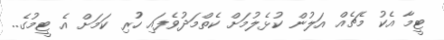
ޓީމާ އެކު މެޗެއް އަލުން ކުޅެލުމަށް ކެތްމަދުވެފައި ހުުރި ކަމަށް އެ ޓީމުގެ..